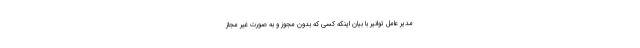
مدیر عامل توانیر با بیان اینکه کسی که بدون مجوز و به صورت غیر مجاز